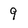
Character: 9